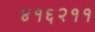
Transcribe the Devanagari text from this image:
४१६२११